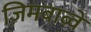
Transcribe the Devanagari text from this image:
ज़िमबाब्वे